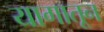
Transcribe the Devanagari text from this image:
यागातून